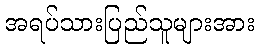
အရပ်သားပြည်သူများအား